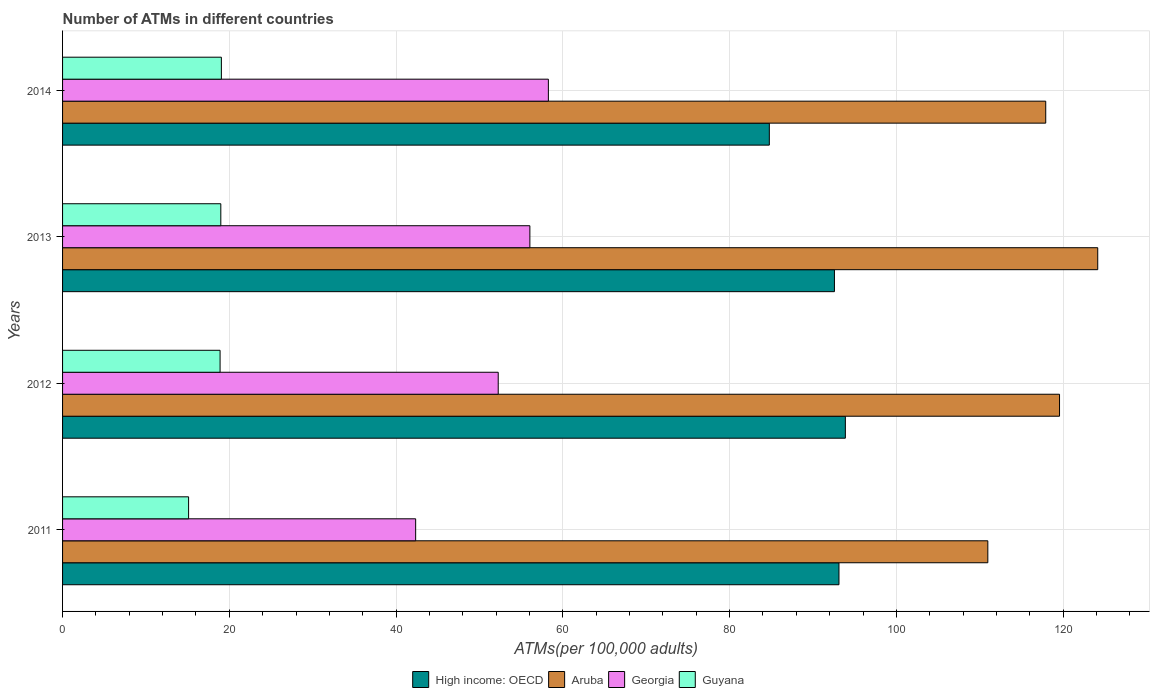
| Years | High income: OECD | Aruba | Georgia | Guyana |
 | --- | --- | --- | --- | --- |
 | 2011 | 93.1 | 111 | 42.3 | 15.1 |
 | 2012 | 93.9 | 120 | 52.2 | 18.9 |
 | 2013 | 92.6 | 124 | 56 | 19 |
 | 2014 | 84.8 | 118 | 58.3 | 19 |